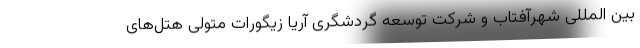
بین المللی شهرآفتاب و شرکت توسعه گردشگری آریا زیگورات متولی هتل‌های